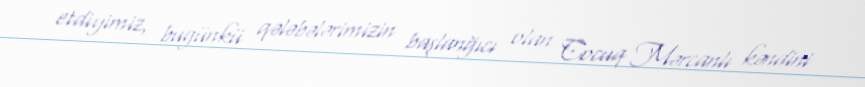
etdiyimiz, bugünkü qələbələrimizin başlanğıcı olan Cocuq Mərcanlı kəndini